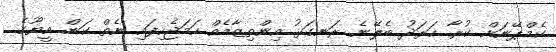
ކެމްޕޭނަށް ކުރާ ހަރަދު ބެލޭނެ ރަނގަޅު އިންތިޒާމެއް ހަމަޖެހިފައި ނެތް ކަން އީޔޫގެ